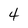
Character: 4